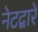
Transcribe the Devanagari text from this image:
नेटद्वारे